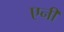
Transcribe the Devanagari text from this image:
एनीं